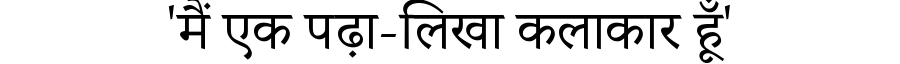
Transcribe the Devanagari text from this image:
'मैं एक पढ़ा-लिखा कलाकार हूँ'